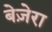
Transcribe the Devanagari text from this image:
बेज़ेरा